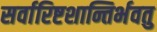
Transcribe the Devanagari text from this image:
सर्वारिष्टशान्तिर्भवतु